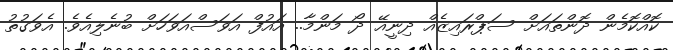
ކޮއްކޮމެން ދޮންތައަށް ސަޕްރައިޒެއް ދިނީއޭ ދޯ މަންމާ.. އައުފް އަވަސްއަވަހަށް ބުނެލިއެވެ. އެވަގުތު